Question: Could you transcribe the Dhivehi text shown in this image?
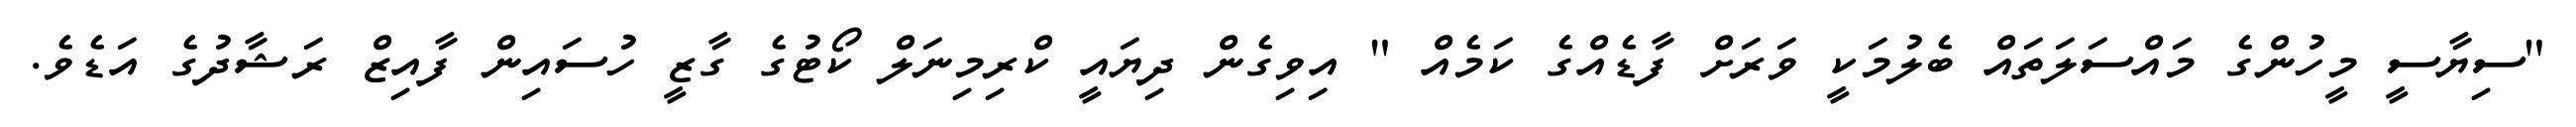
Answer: "ސިޔާސީ މީހުންގެ މައްސަލަތައް ބެލުމަކީ ވަރަށް ފާޑެއްގެ ކަމެއް " އިވިގެން ދިޔައީ ކްރިމިނަލް ކޯޓުގެ ގާޒީ ހުސައިން ފާއިޒް ރަޝާދުގެ އަޑެވެ.